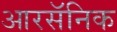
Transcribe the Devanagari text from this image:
आरसॅनिक